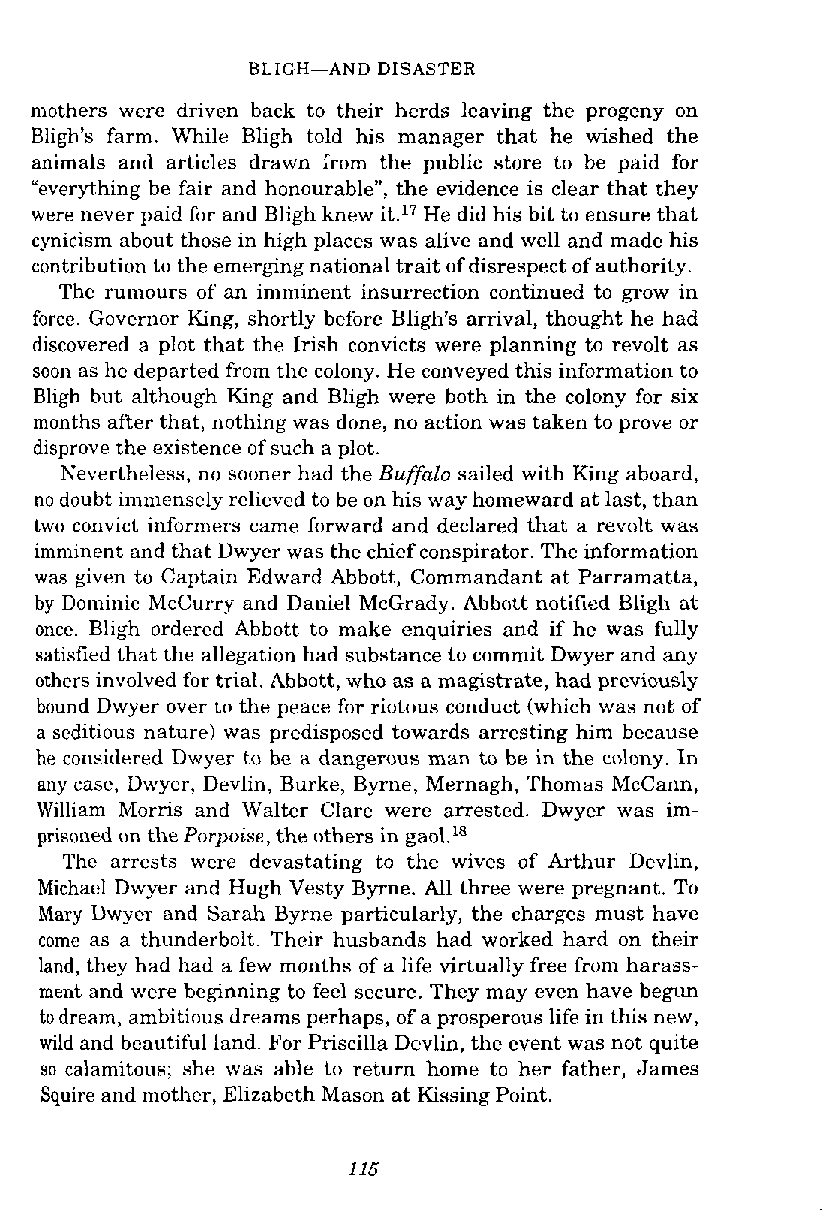
BLICH-AND DISASTER
 mothers were driven back to their herds leaving the progeny on
 Bligh's farm. While Bligh told his manager that he wished the
 animals and articles drawn kom the public store to be paid for
 "everything be fair and honourable", the evidence is clear that they
 were never paid for and Bligh knew it.17 He did his bit to ensure that
 cynicism about those in high places was alive and well and made his
 contribution to the emerging national trait of disrespect of authority.
 The rumours of an imminent insurrection continued to grow in
 force. Governor King, shortly before Bligh's arrival, thought he had
 discovered a plot that the Irish convicts were planning to revolt as
 soon as he departed from the colony. He conveyed this information to
 Bligh but although King and Bligh were both in the colony for six
 months after that, nothing was done, no action was taken to prove or
 disprove the existence of such a plot.
 Nevertheless, no sooner had the Buffalo sailed with King aboard,
 no doubt immensely relievcd to be on his way homeward at last, than
 two convict informers came forward and declared that a revolt was
 imminent and that Dwyer was the chief conspirator. The information
 was ~ v e tuo Captain Edward Abbott, Commandant at Parramatta,
 by Dominic McCurry and Daniel McGrady. Abbott notified Bligh at
 once. Bligh ordered Abbott to make enquiries and if he was fully
 satisfied that the allegation had substance to commit Dwyer and any
 others involved for trial. Abbott, who as a magistrate, had previously
 bound Dwyer over to the peace for riotous conduct (which was not of
 a seditious nature) was predisposed towards arresting him because
 he considered Dwyer to be a dangerous man to be in the colony. In
 any case, Dwyer, Devlin, Burke, Byrne, Mernagh, Thomas McCann,
 William Morris and Walter Clare were arrested. Dwyer was im-
 prisoned on the Porpoise, the others in gaol.18
 The arrests were devastating to the wives of Arthur Devlin,
 Michacl Dwyer and Hugh Vesty Byrne. All three were pregnant. To
 Mary Dwyer and Sarah Byme particularly, the charges must have
 come as a thunderbolt. Their husbands had worked hard on their
 land, they had had a few months of a life virtually free from harass-
 ment and were beginning to feel secure. They may even have begun
 to dream, ambitious dreams perhaps, of a prosperous life in this new,
 wild and beautiful land. For Priscilla Devlin, the event was not quite
 so calamitous; she was able to return home to her father, James
 Squire and mother, Elizabeth Mason at Kissing Point.